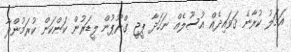
އަމަލު ކުރާނެ ޤަވައިދެއް އުސޫލެއް ނަހަދާ ޕީޖީ ގްރޫޕުން ލީޑަރުން ކަންކަން ކުރަމުންދާ